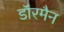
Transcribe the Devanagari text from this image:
डॉरमैन